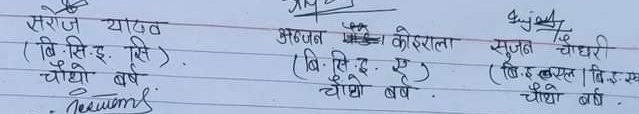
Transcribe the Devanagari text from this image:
सरोज यादव
(बि.सि.इ. सि)
चौथो वर्ष

अञ्जन मल्ल कोइराला
(बि.सि.इ. ए)
चौथो वर्ष

सुजन चौधरी
(बि.एस.एल | बि.इ.सी)
चौथो वर्ष